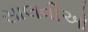
સાલવીઓ